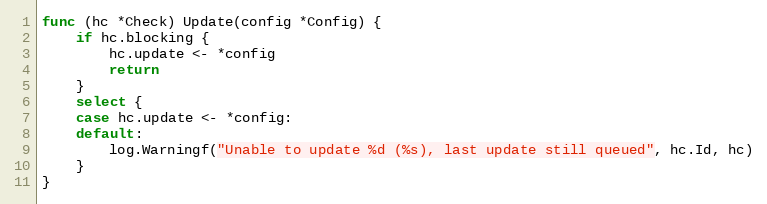
Language: Go
func (hc *Check) Update(config *Config) {
	if hc.blocking {
		hc.update <- *config
		return
	}
	select {
	case hc.update <- *config:
	default:
		log.Warningf("Unable to update %d (%s), last update still queued", hc.Id, hc)
	}
}